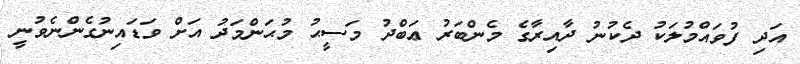
އަދި ފުވައްމުލަކު ދެކުނު ދާއިރާގެ މެންބަރު ޢަބްދު މަސީޙު މުޙަންމަދު އަށް ވަޑައިނުގެންނެވުނީ